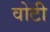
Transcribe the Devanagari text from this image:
वोटी